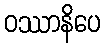
ဝဿာနိပေ